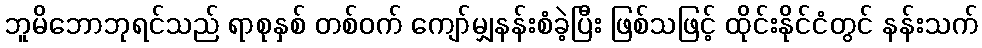
ဘူမိဘောဘုရင်သည် ရာစုနှစ် တစ်ဝက် ကျော်မျှနန်းစံခဲ့ပြီး ဖြစ်သဖြင့် ထိုင်းနိုင်ငံတွင် နန်းသက်